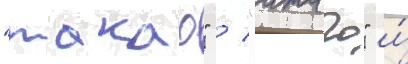
"такао" / "атаго" и́